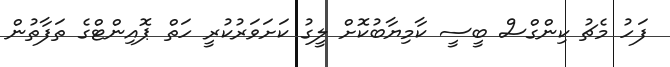
ފަހު މެޗު ކިންގްސް ބީސީ ކާމިޔާބުކޮށް ލީގު ކަށަވަރުކުރީ ހަތް ޕޮއިންޓްގެ ތަފާތުން